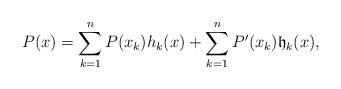
LaTeX: \begin{align*} P(x)=\sum_{k=1}^nP(x_k)h_k(x)+\sum_{k=1}^n P'(x_k)\mathfrak{h}_k(x),\end{align*}